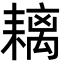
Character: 𦔓